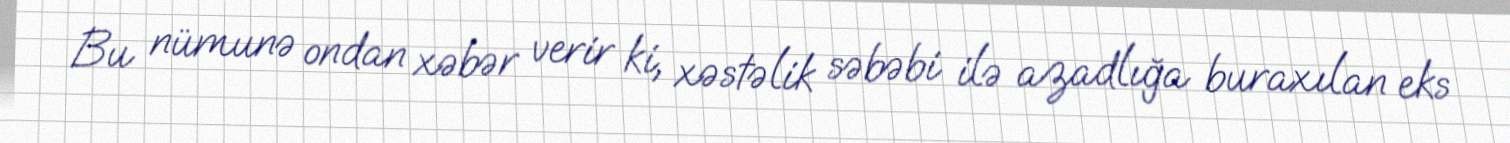
Bu nümunə ondan xəbər verir ki, xəstəlik səbəbi ilə azadlığa buraxılan eks